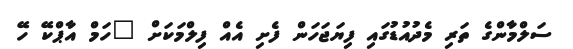
ސަލްމާންގެ ތަރި މެދުއުޑުގައި ފިޔަޖަހަން ފެށި އެއް ފިލްމަކަށް "ހަމް އާޕްކޭ ހޭ